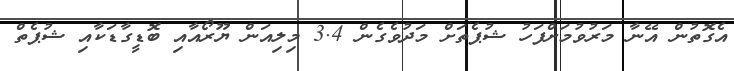
އެގޮތުން އޭނާ މަރުވުމަށްފަހު ޝުޕެތަށް މަދުވެގެން 3.4 މިލިއަން ޔޫރޯއާއި ބޮޑީގާޑަކާއި ޝުޕެތް